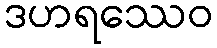
ဒဟရဿေဝ